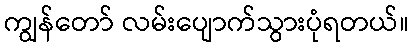
ကျွန်တော် လမ်းပျောက်သွားပုံရတယ်။